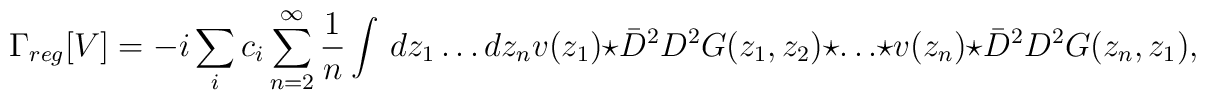
\Gamma_{reg}[V]=-i\sum_i c_i\sum_{n=2}^{\infty}\frac{1}{n}   \int\,dz_1\dots dz_n v(z_1)\star \bar{D}^2 D^2 G(z_1,z_2)   \star\dots\star v(z_n)\star \bar{D}^2 D^2 G(z_n,z_1),